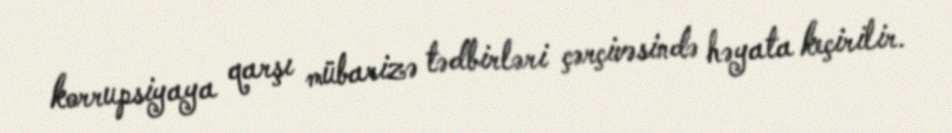
korrupsiyaya qarşı mübarizə tədbirləri çərçivəsində həyata keçirilir.